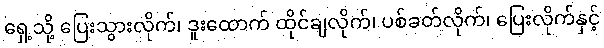
ရှေ့သို့ ပြေးသွားလိုက်၊ ဒူးထောက် ထိုင်ချလိုက်၊ ပစ်ခတ်လိုက်၊ ပြေးလိုက်နှင့်